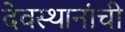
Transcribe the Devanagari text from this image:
देवस्थानांची